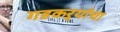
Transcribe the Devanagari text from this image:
गडकऱ्यांचा